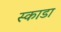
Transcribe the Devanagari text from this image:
स्काडा